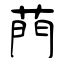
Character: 菛